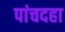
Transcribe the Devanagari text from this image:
पांचदहा